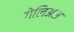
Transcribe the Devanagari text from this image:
गेलिअस